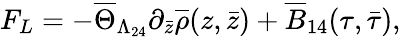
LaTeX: F_{L}=-\overline{{{\Theta}}}_{\Lambda_{24}}\partial_{\bar{z}}\overline{{{\rho}}}(z,\bar{z})+\overline{{{B}}}_{14}(\tau,\bar{\tau}),